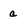
Character: a